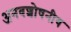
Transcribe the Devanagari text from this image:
अनवशोषनीय